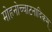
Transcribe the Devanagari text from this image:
मोहनोच्चाटनादिकम्